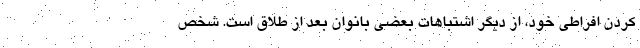
کردن افراطی خود، از دیگر اشتباهات بعضی بانوان بعد از طلاق است. شخص